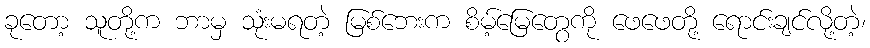
ခုတော့ သူတို့က ဘာမှ သုံးမရတဲ့ မြစ်ဘေးက စိမ့်မြေတွေကို ဖေဖေတို့ ရောင်းချင်လို့တဲ့၊